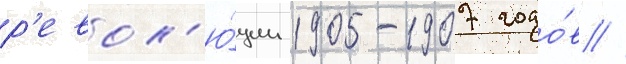
р'евол'ю́ции 1905-1907 годо́в //